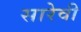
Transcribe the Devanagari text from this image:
सारेवी